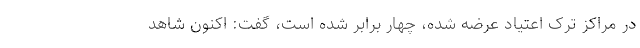
در مراکز ترک اعتیاد عرضه شده، چهار برابر شده است، گفت: اکنون شاهد